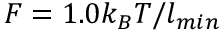
F = 1 . 0 k _ { B } T / l _ { m i n }